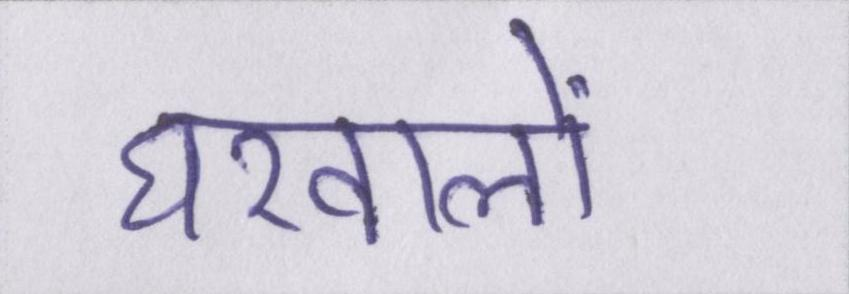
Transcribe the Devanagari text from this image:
घरवालों